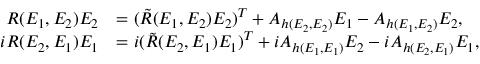
\begin{array} { r l } { R ( E _ { 1 } , E _ { 2 } ) E _ { 2 } } & { = ( \tilde { R } ( E _ { 1 } , E _ { 2 } ) E _ { 2 } ) ^ { T } + A _ { h ( E _ { 2 } , E _ { 2 } ) } E _ { 1 } - A _ { h ( E _ { 1 } , E _ { 2 } ) } E _ { 2 } , } \\ { i R ( E _ { 2 } , E _ { 1 } ) E _ { 1 } } & { = i ( \tilde { R } ( E _ { 2 } , E _ { 1 } ) E _ { 1 } ) ^ { T } + i A _ { h ( E _ { 1 } , E _ { 1 } ) } E _ { 2 } - i A _ { h ( E _ { 2 } , E _ { 1 } ) } E _ { 1 } , } \end{array}